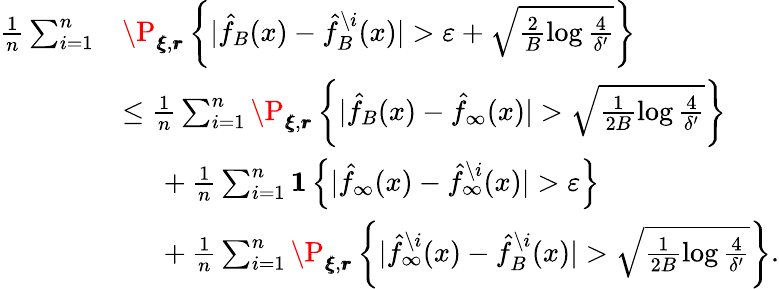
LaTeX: \begin{array}{rl}{\frac{1}{n}\sum_{i=1}^{n}}&{\P_{\pmb{\xi},\pmb{r}}\left\{ |\hat{f}_{B}(x)-\hat{f}_{B}^{\setminus i}(x)|>\varepsilon+\sqrt{\frac{2}{B}\log\frac{4}{\delta^{\prime}}}\right\} }\\ &{\le\frac{1}{n}\sum_{i=1}^{n}\P_{\pmb{\xi},\pmb{r}}\left\{ |\hat{f}_{B}(x)-\hat{f}_{\infty}(x)|>\sqrt{\frac{1}{2B}\log\frac{4}{\delta^{\prime}}}\right\} }\\ &{~~~~~+\frac{1}{n}\sum_{i=1}^{n}\mathbf{1}\left\{ |\hat{f}_{\infty}(x)-\hat{f}_{\infty}^{\setminus i}(x)|>\varepsilon\right\} }\\ &{~~~~~+\frac{1}{n}\sum_{i=1}^{n}\P_{\pmb{\xi},\pmb{r}}\left\{ |\hat{f}_{\infty}^{\setminus i}(x)-\hat{f}_{B}^{\setminus i}(x)|>\sqrt{\frac{1}{2B}\log\frac{4}{\delta^{\prime}}}\right\} .}\end{array}